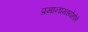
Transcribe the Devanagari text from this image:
प्रमानामध्येहोते